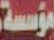
مؤسسة